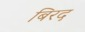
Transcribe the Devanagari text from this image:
बिरद